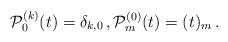
LaTeX: \begin{align*}\mathcal{P}_{0}^{(k)}(t)=\delta_{k,0}\,, \mathcal{P}_m^{(0)}(t)=(t)_m\,. \end{align*}